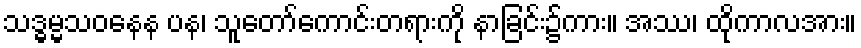
သဒ္ဓမ္မသဝနေန ပန၊ သူတော်ကောင်းတရားကို နာခြင်း၌ကား။ အဿ၊ ထိုကာလအား။